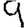
Digit: 9